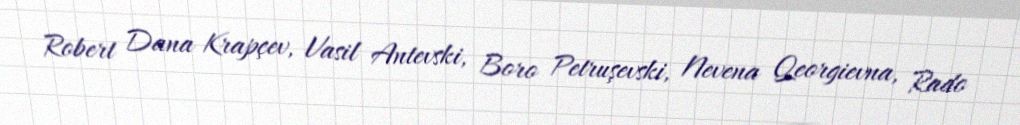
Robert Dana Krapçev, Vasil Antevski, Boro Petruşevski, Nevena Qeorgievna, Rado